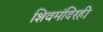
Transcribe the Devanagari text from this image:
शिवमंदिरही